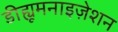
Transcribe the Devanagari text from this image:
डीह्यूमनाइज़ेशन